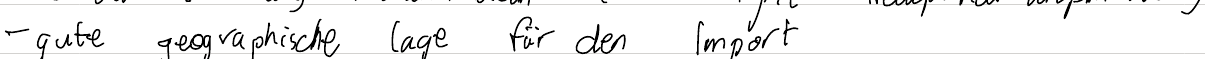
- gute geographische Lage für den Import